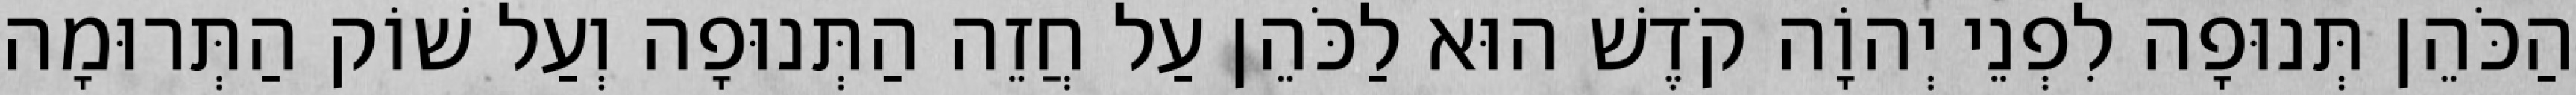
הַכֹּהֵן תְּנוּפָה לִפְנֵי יְהוָֹה קֹדֶשׁ הוּא לַכֹּהֵן עַל חֲזֵה הַתְּנוּפָה וְעַל שׁוֹק הַתְּרוּמָה